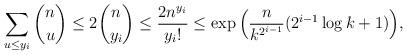
LaTeX: \begin{align*}\sum_{u\le y_i}\binom nu \le 2\binom n{y_i}\le\frac{2n^{y_i}}{y_i!}\le\exp\Big(\frac n{k^{2^{i-1}}}(2^{i-1}\log k+1)\Big),\end{align*}